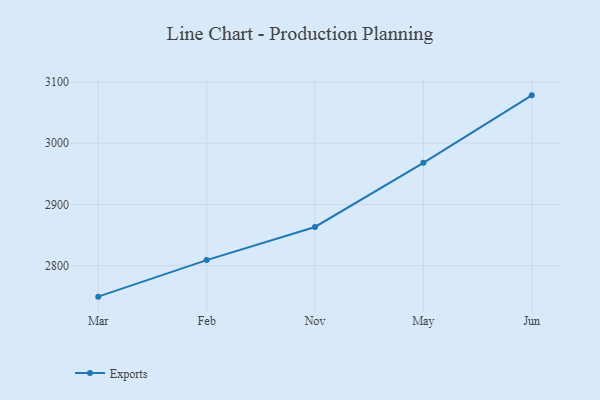
{"axis": {"x": "Month", "y": "Website Visitors"}, "legend": ["Exports"], "data": [{"x": "Mar", "y": 2749.4, "type": "Exports"}, {"x": "Feb", "y": 2809.1, "type": "Exports"}, {"x": "Nov", "y": 2863.2, "type": "Exports"}, {"x": "May", "y": 2967.9, "type": "Exports"}, {"x": "Jun", "y": 3078.1, "type": "Exports"}]}